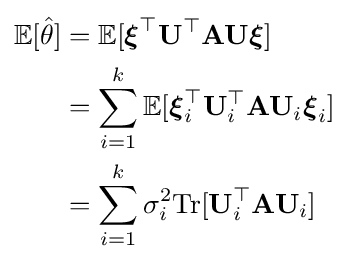
{\begin{aligned}\mathbb {E} [{\hat {\theta }}]&=\mathbb {E} [{\boldsymbol {\xi }}^{\top }\mathbf {U} ^{\top }\mathbf {A} \mathbf {U} {\boldsymbol {\xi }}]\\&=\sum _{i=1}^{k}\mathbb {E} [{\boldsymbol {\xi }}_{i}^{\top }\mathbf {U} _{i}^{\top }\mathbf {A} \mathbf {U} _{i}{\boldsymbol {\xi }}_{i}]\\&=\sum _{i=1}^{k}\sigma _{i}^{2}\mathrm {Tr} [\mathbf {U} _{i}^{\top }\mathbf {A} \mathbf {U} _{i}]\end{aligned}}